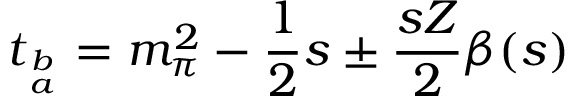
t _ { b \atop a } = m _ { \pi } ^ { 2 } - { \frac { 1 } { 2 } } s \pm { \frac { s Z } { 2 } } \beta ( s )